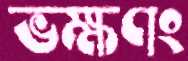
ভক্ষণং